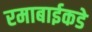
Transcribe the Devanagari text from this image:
रमाबाईकडे